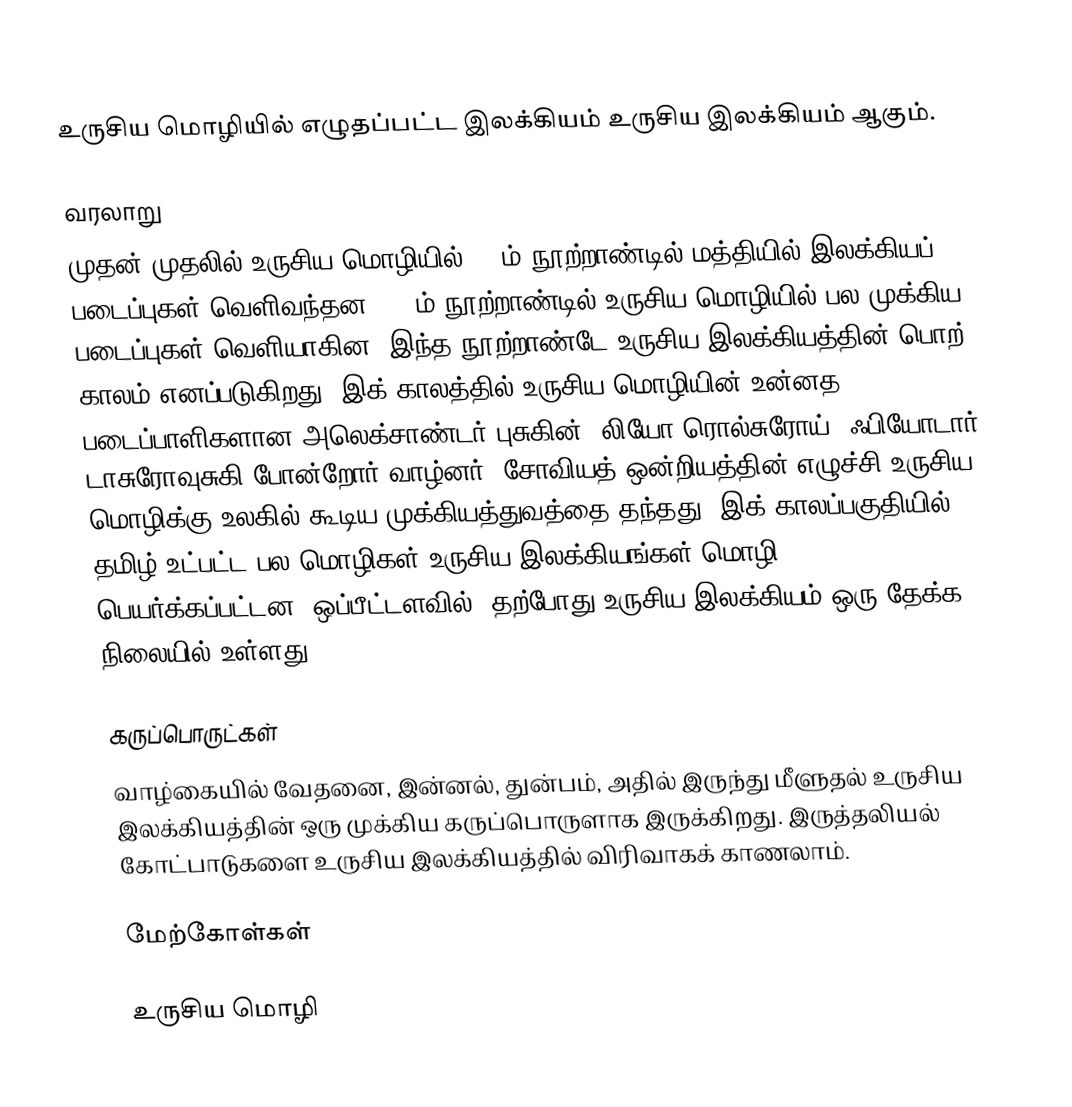
உருசிய மொழியில் எழுதப்பட்ட இலக்கியம் உருசிய இலக்கியம் ஆகும்.

வரலாறு
முதன் முதலில் உருசிய மொழியில் 17 ம் நூற்றாண்டில் மத்தியில் இலக்கியப் படைப்புகள் வெளிவந்தன.  19 ம் நூற்றாண்டில் உருசிய மொழியில் பல முக்கிய படைப்புகள் வெளியாகின.  இந்த நூற்றாண்டே உருசிய இலக்கியத்தின் பொற் காலம் எனப்படுகிறது.  இக் காலத்தில் உருசிய மொழியின் உன்னத படைப்பாளிகளான அலெக்சாண்டர் புசுகின், லியோ ரொல்சுரோய், ஃபியோடார் டாசுரோவுசுகி போன்றோர் வாழ்னர்.  சோவியத் ஒன்றியத்தின் எழுச்சி உருசிய மொழிக்கு உலகில் கூடிய முக்கியத்துவத்தை தந்தது.  இக் காலப்பகுதியில் தமிழ் உட்பட்ட பல மொழிகள் உருசிய இலக்கியங்கள் மொழி பெயர்க்கப்பட்டன.  ஒப்பீட்டளவில், தற்போது உருசிய இலக்கியம் ஒரு தேக்க நிலையில் உள்ளது.

கருப்பொருட்கள்
வாழ்கையில் வேதனை, இன்னல், துன்பம், அதில் இருந்து மீளுதல் உருசிய இலக்கியத்தின் ஒரு முக்கிய கருப்பொருளாக இருக்கிறது.  இருத்தலியல் கோட்பாடுகளை உருசிய இலக்கியத்தில் விரிவாகக் காணலாம்.

மேற்கோள்கள்

உருசிய மொழி